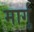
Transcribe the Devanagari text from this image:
मार्गु